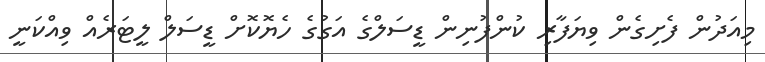
މިއަދުން ފެށިގެން ވިޔަފާރި ކުންފުނިން ޑީސަލްގެ އަގުގެ ހެޔޮކޮށް ޑީސަލް ލީޓަރެއް ވިއްކަނީ